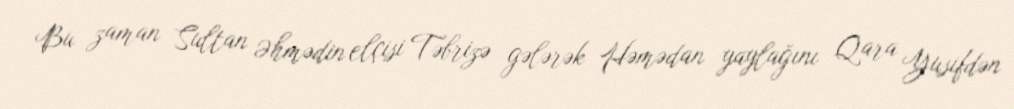
Bu zaman Sultan Əhmədin elçisi Təbrizə gələrək Həmədan yaylağını Qara Yusifdən